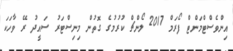
އިންވެސްޓްމަންޓް ފޯރަމް 2017 ލޯންޗް ކުރުމުގެ ގޮތުން މިނިސްޓަރު ސައީދު ރޭ ވާހަކަ